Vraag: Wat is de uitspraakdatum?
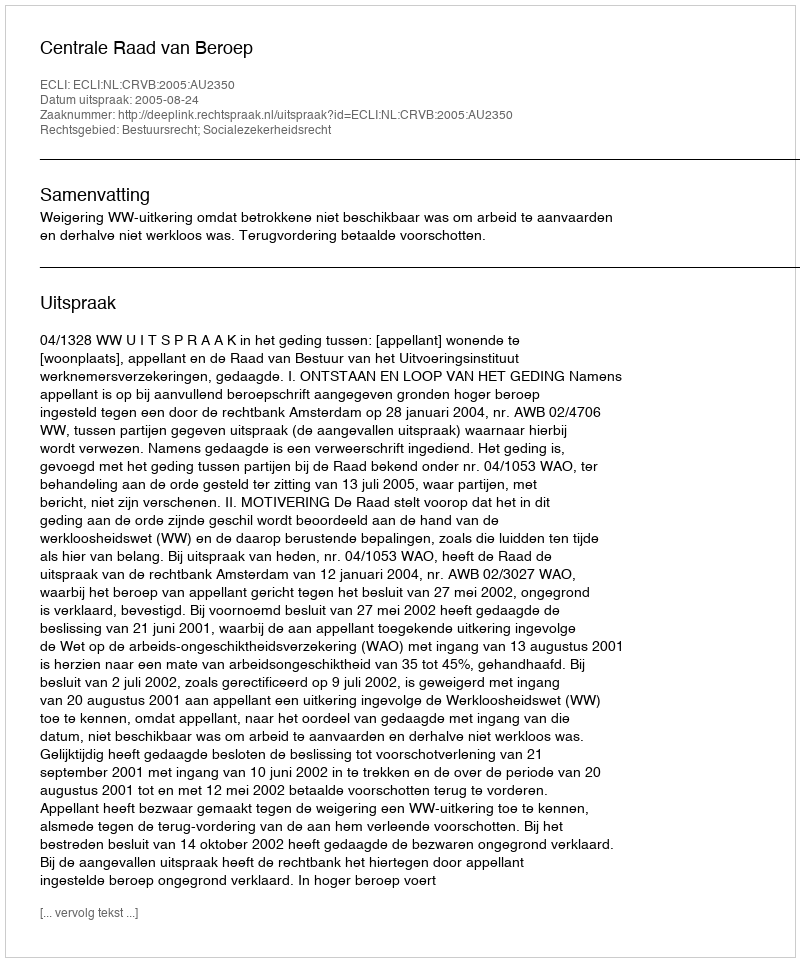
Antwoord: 2005-08-24